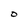
Character: O